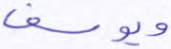
ويوسف